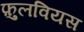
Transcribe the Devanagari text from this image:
फ़ुलवियस